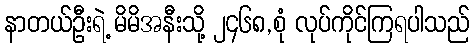
နာတယ်ဦးရဲ့ မိမိအနီးသို့ ၂၄၆၈,စုံ လုပ်ကိုင်ကြရပါသည်